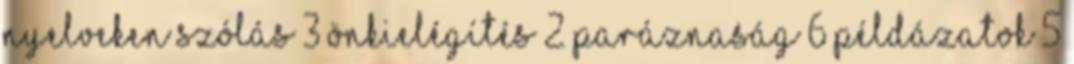
nyelveken szólás 3 önkielégítés 2 paráznaság 6 példázatok 5